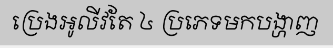
ប្រេងអូលីវតែ ៤ ប្រភេទមកបង្ហាញ